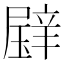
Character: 𱯢